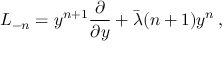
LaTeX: L _ { - n } = y ^ { n + 1 } { \frac { \partial } { \partial y } } + \bar { \lambda } ( n + 1 ) y ^ { n } \, ,